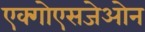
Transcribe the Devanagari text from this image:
एक्गोएसजेओन